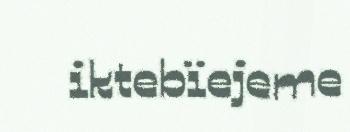
iktebïejeme